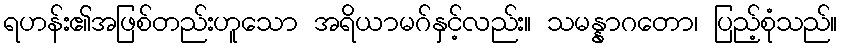
ရဟန်း၏အဖြစ်တည်းဟူသော အရိယာမဂ်နှင့်လည်း။ သမန္နာဂတော၊ ပြည့်စုံသည်။